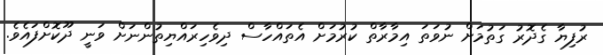
ރުފިޔާ ގެދޮރު ގަތުމަށް ނުވަތަ އިމާރާތް ކުރުމަށް އެތައްހާސް ދިވެހިރައްޔިތުންނަށް ވަނީ ދޫކޮށްފައެވެ.